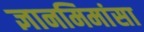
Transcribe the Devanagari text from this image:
ज्ञानमिमांसा